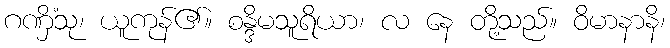
ဂဏှိံသု၊ ယူကုန်၏။ စန္ဒိမသူရိယာ၊ လ နေ တို့သည်။ ဝိမာနာနိ၊